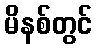
မိနစ်တွင်